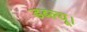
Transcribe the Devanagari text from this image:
डब्ल्यू।